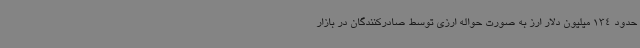
حدود 134 میلیون دلار ارز به صورت حواله ارزی توسط صادرکنندگان در بازار